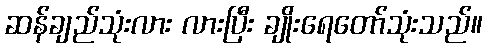
ဆန်ချည်သုံးလား လားပြီး ချိုးရေတော်သုံးသည်။